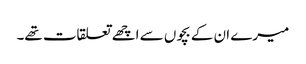
میرے ان کے بچوں سے اچھے تعلقات تھے۔